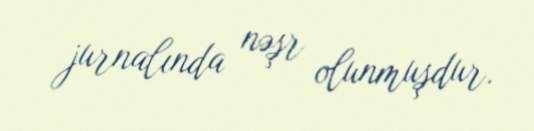
jurnalında nəşr olunmuşdur.